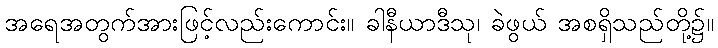
အရေအတွက်အားဖြင့်လည်းကောင်း။ ခါနီယာဒီသု၊ ခဲဖွယ် အစရှိသည်တို့၌။